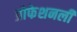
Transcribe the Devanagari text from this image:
प्रोफेशनली